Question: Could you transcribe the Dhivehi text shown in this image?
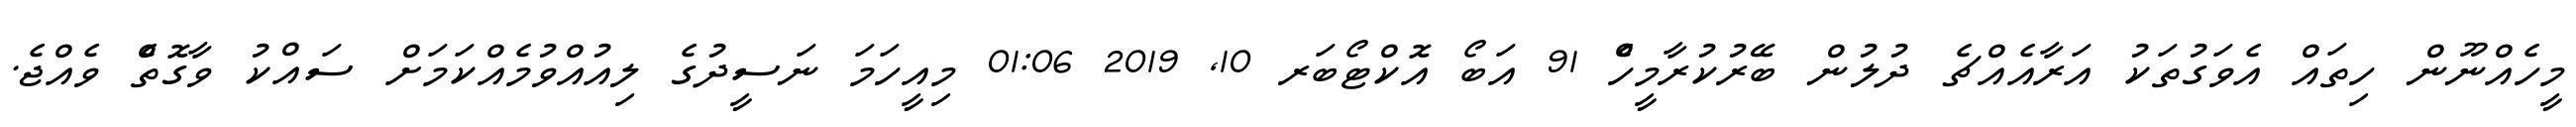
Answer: މީހެއްނޫން ހިތައް އެވަގުތަކު އަރާއެއްޗެ ދުލުން ބޭރުކުރާމީހެް 91 އަބޯ އޮކްޓޯބަރ 10, 2019 01:06 މިއީހަމަ ނަސީދުގެ ލިއުއްވުމެއްކަމަށް ސައްކު ވާގޮތެް ވެއްޖެ.